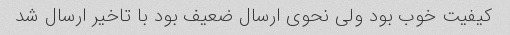
کیفیت خوب بود ولی نحوی ارسال ضعیف بود با تاخیر ارسال شد